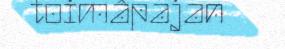
toimâpajan